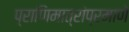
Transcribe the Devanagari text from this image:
प्राणिमात्रांप्रमाणे